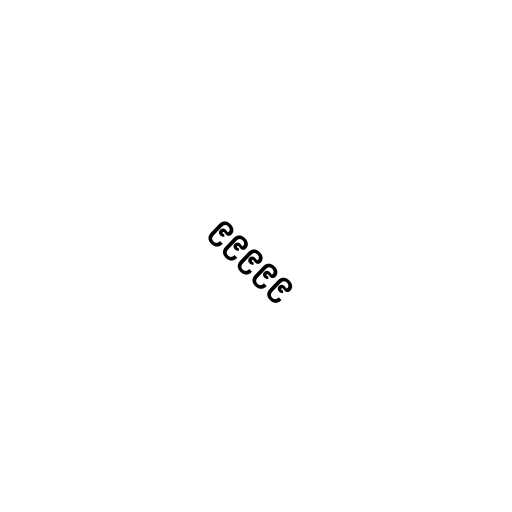
၉၉၉၉၉